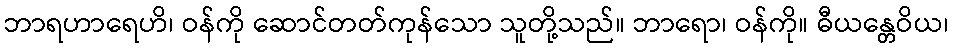
ဘာရဟာရေဟိ၊ ဝန်ကို ဆောင်တတ်ကုန်သော သူတို့သည်။ ဘာရော၊ ဝန်ကို။ ဓီယန္တေဝိယ၊